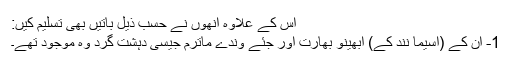
اس کے علاوہ انھوں نے حسب ذیل باتیں بھی تسلیم کیں:
1- ان کے (اسیما نند کے) ابھینو بھارت اور جئے وندے ماترم جیسی دہشت گرد وہ موجود تھے۔